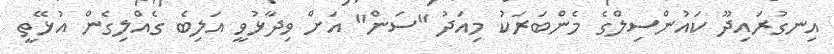
އިނގުރައިދޫ ކައުންސިލްގެ މެންބަރަކު މިއަދު "ސަން" އަށް ވިދާޅުވީ އަލިބެ ގެއްލިގެން އުޅޭތީ